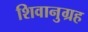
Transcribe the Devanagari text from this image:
शिवानुग्रह